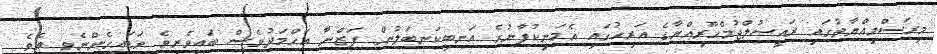
މިރަސްމިއްޔާތުގައި ރައީސުލްޖުމްހޫރިއްޔާގެ އަރިހުގައި އެމަނިކުފާނުގެ އަނބިކަނބަލުން ފަޒްނާ އަހްމަދުވެސް ބައިވެރިވެ ވަޑައިގެންނެވި އެވެ.